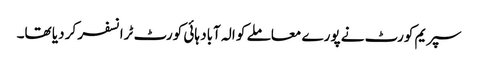
سپریم کورٹ نے پورے معاملے کو الہ آباد ہائی کورٹ ٹرانسفر کر دیا تھا۔